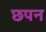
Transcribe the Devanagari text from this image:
छपन